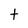
Character: t